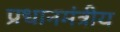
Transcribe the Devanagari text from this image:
प्रधानमंत्रीय